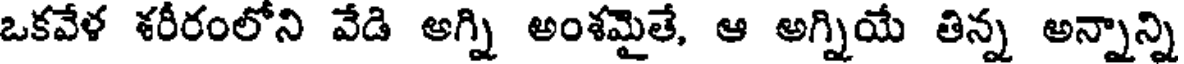
ఒకవేళ శరీరంలోని వేడి అగ్ని అంశమైతే, ఆ అగ్నియే తిన్న అన్నాన్ని